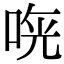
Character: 𠵰